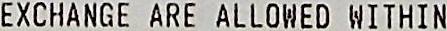
EXCHANGE ARE ALLOWED WITHIN